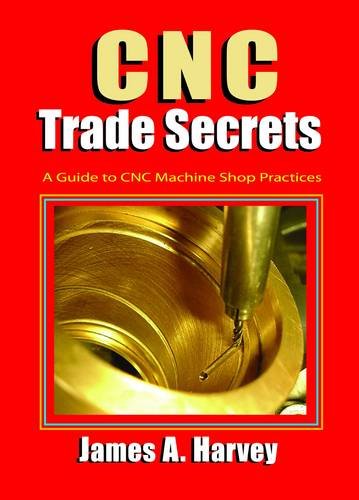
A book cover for CNC Trade Secrets: A Guide to CNC Machine Shop Practices; James Harvey; Computers & Technology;